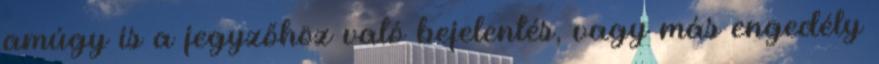
amúgy is a jegyzőhöz való bejelentés, vagy más engedély